Eestimaa_Kommunistliku_Partei_Keskkomitee, lk 65
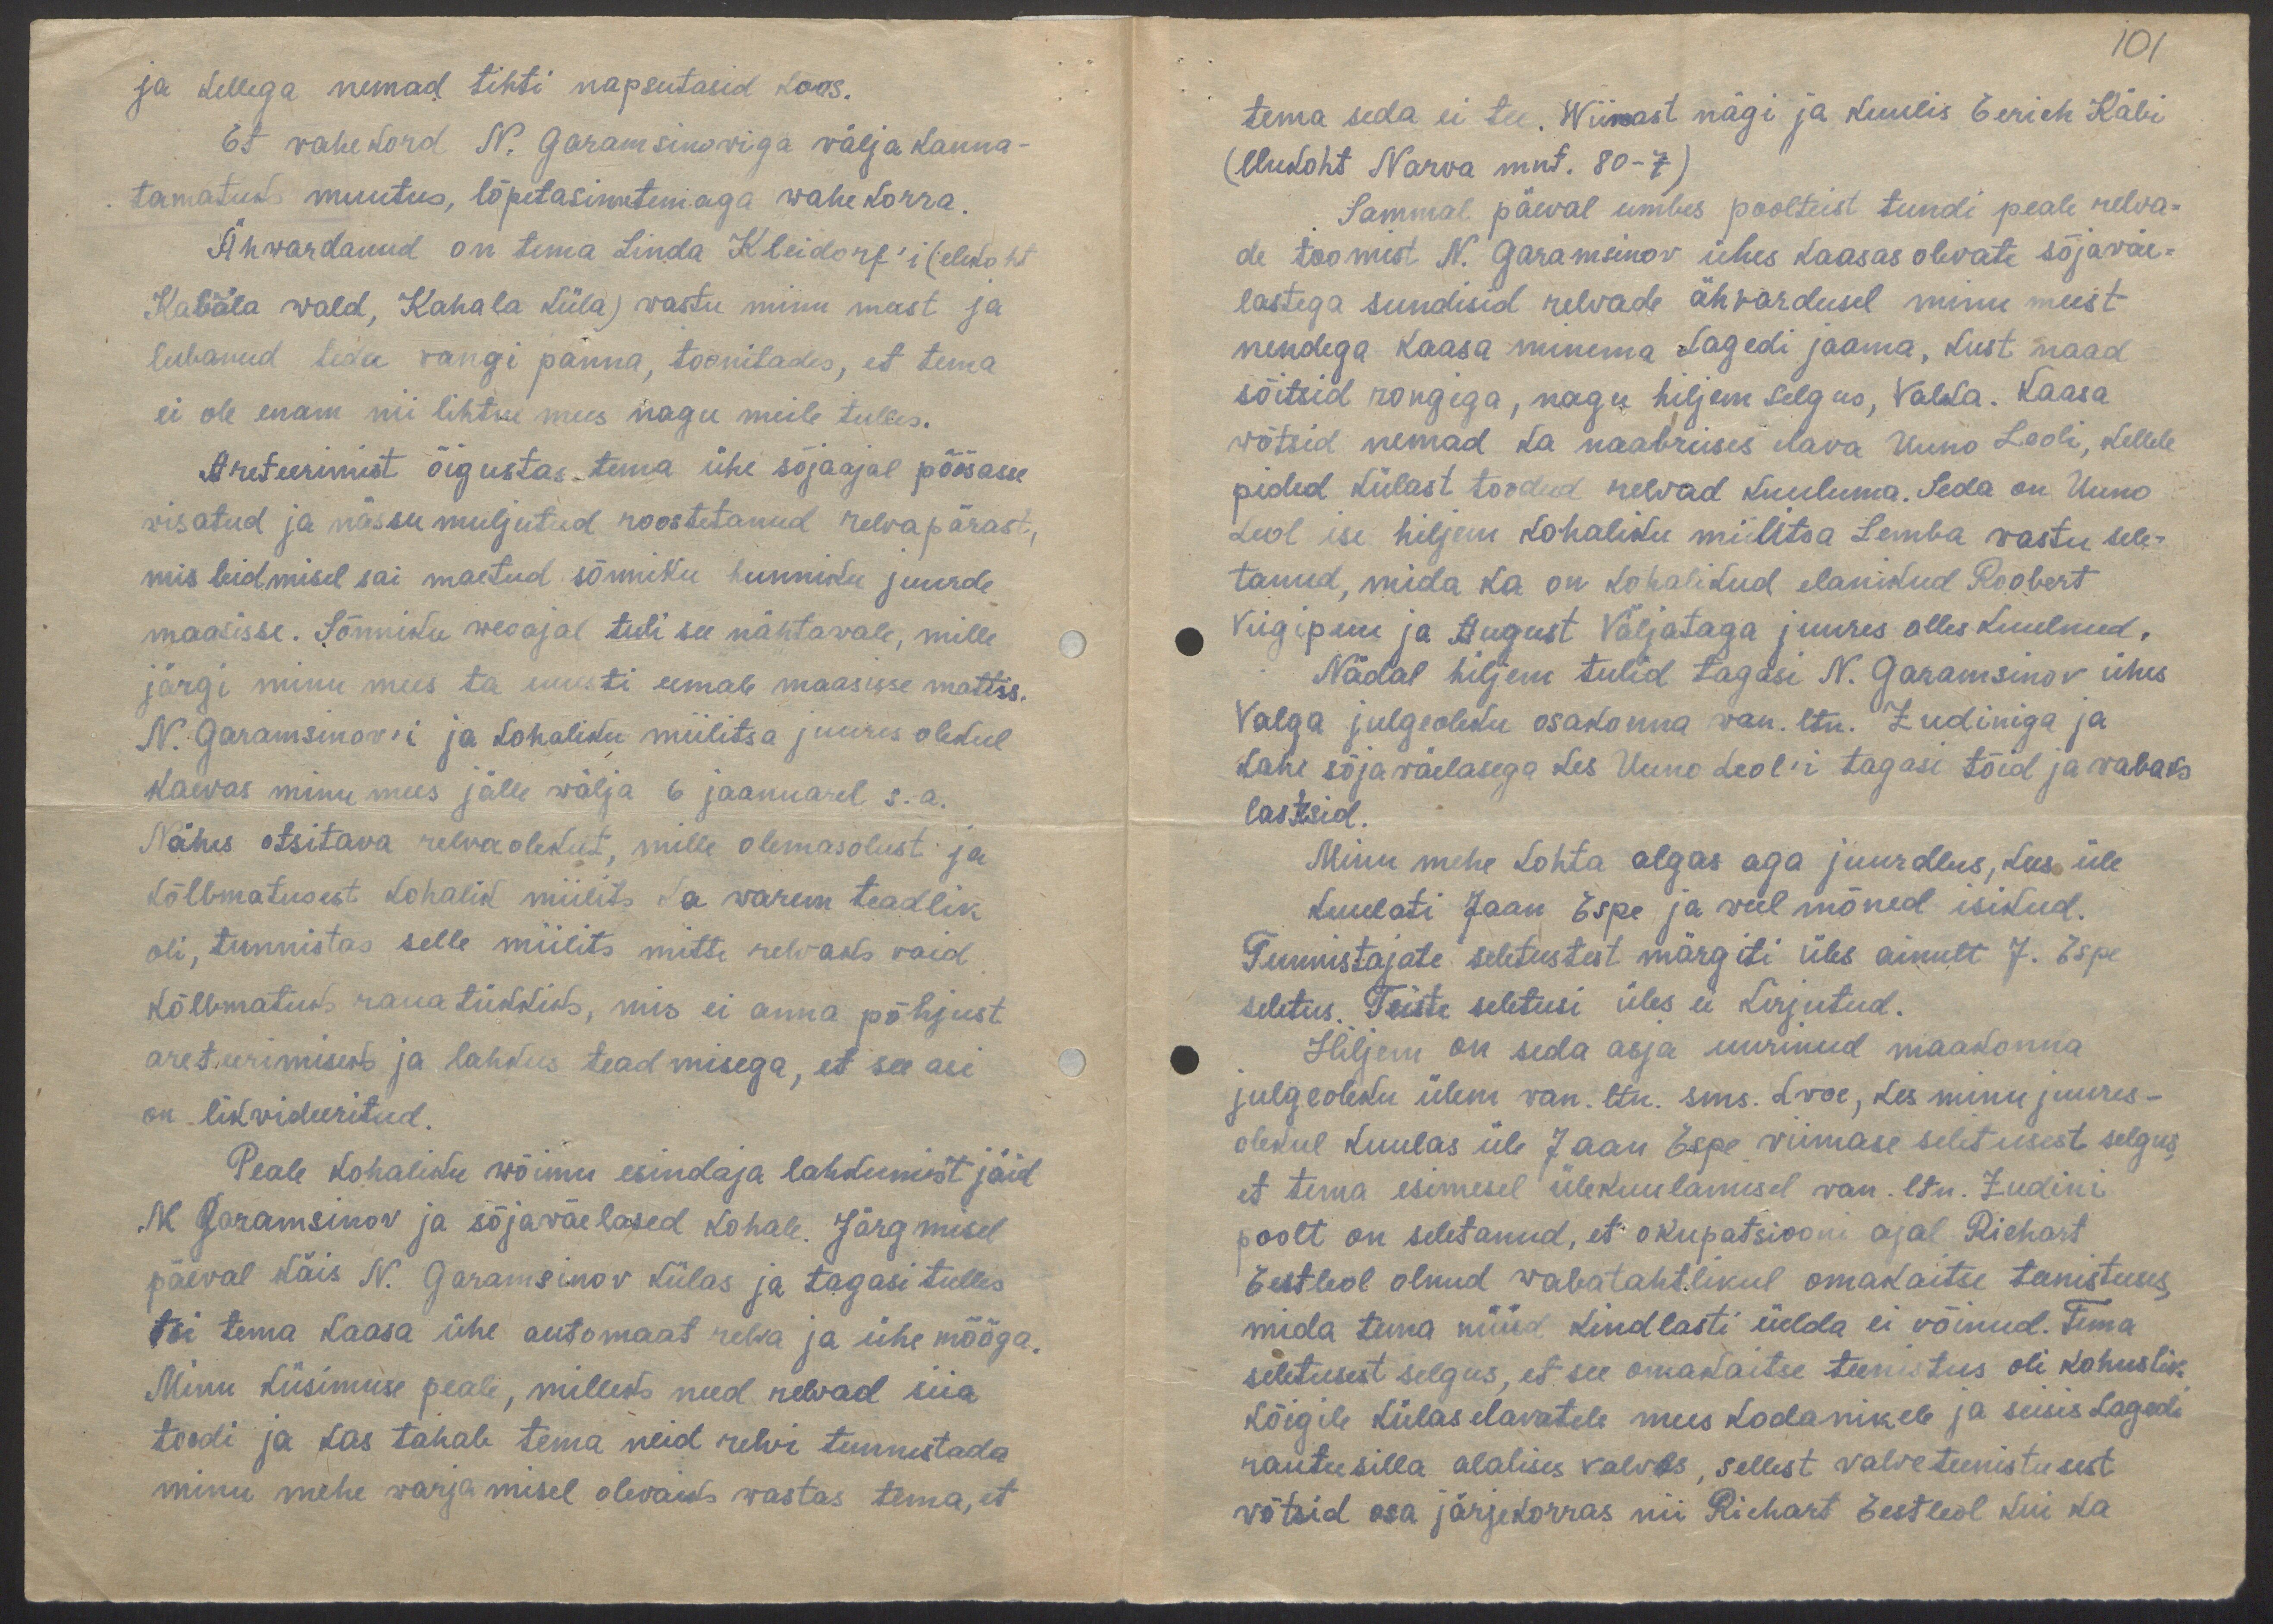
101

ja kellega nemad tihti napsutasid koos.
Et vahekord N. Garamsinoviga välja kanna-
tamatuks muutus, lõpetasimetemaga wahekorra.
Ähwardanud on tema Linda Kleidorf'i (elukoht
Kabõla wald, Kahala küla) wastu minu meest ja
lubanud teda vangi panna, toonitades, et tema
ei ole enam nii lihtne mees nagu meile tulles.
Areteerimist õigustas, tema ühe sõjaajal põõsasse
visatud ja nässu muljutud roostetanud relva pärast,
mis leidmisel sai maetud sõnniku hunniku juurde
maasisse. Sõnniku weoajal tuli see nähtawale, mille
järgi minu mees ta uuesti eemale maasisse mattis.
N. Garamsinov'i ja kohaliku miilitsa juures olekul
kaevas minu mees jälle wälja 6 jaanuarel s. a.
Nähes otsitava relvaolekut, mille olemasolust ja
kõlbmatusest kohalik miilits ka warem teadlik
oli, tunnistas selle miilits mitte relvaks vaid
kõlbmatuks rauatükkiks, mis ei anna põhjust
areteerimiseks ja lahkus teadmisega, et see asi
on likvideeritud.
Peale kohaliku wõimu esindaja lahkumist jäid
N. Garamsinov ja sõjaväelased kohale. Järgmisel
päeval käis N. Garamsinov külas ja tagasi tulles
tõi tema kaasa ühe automaat relva ja ühe mõõga.
Minu küsimuse peale, milleks need relvad siia
toodi ja kas tahab tema neid relvi tunnistada
minu mehe warjamisel olevaiks wastas tema, et

tema seda ei tee. Wiimast nägi ja kuulis Eerich Käbi
(elukoht Narva mnt. 80-7)
Sammal päeval umbes poolteist tundi peale relva-
de toomist N. Garamsinov ühes kaasas olevate sõjaväe-
lastega sundisid relvade ähvardusel minu meest
nendega kaasa minema Lagedi jaama, kust naad
sõitsid rongiga, nagu hiljem selgus, Valka. Kaasa
wõtsid nemad ka naabruses elava Uuno Leoli, kellele
pidid külast toodud relvad kuuluma. Seda on Uuno
Leol ise hiljem kohaliku miilitsa Lemba vastu sele-
tanud, mida ka on kohalikud elanikud Roobert
Viigipuu ja August Väljataga juures olles kuulnud.
Nädal hiljem tulid tagasi N. Garamsinov ühes
Valga julgeoleku osakonna van. ltn. Zudiniga ja
kahe sõjaväelasega kes Uuno Leol'i tagasi tõid ja vabaks
lasksid.
Minu mehe kohta algas aga juurdlus, kus üle
kuulati Jaan Espe ja weel mõned isikud.
Tunnistajate seletustest märgiti üles ainult J. Espe
seletus. Teiste seletusi üles ei kirjutud.
Hiljem on seda asja uurinud maakonna
julgeoleku ülem wan. ltn sms. Lvoe, kes minu juures-
olekul kuulas üle Jaan Espe. viimase seletusest selgus,
et tema esimesel ülekuulamisel van. ltn. Zudini
poolt on seletanud, et okupatsiooni ajal Richart
Eestleol olnud wabatahtlikul omakaitse teenistuses,
mida tema nüüd kindlasti üelda ei võinud. Tema
seletusest selgus, et see omakaitse teenistus oli kohuslik
kõigile külas elavatele mees kodanikele ja seisis Lagedi
rauteesilla alalises valvas, sellest valveteenistusest
võtsid osa järjekorras nii Richart Eestleol kui ka